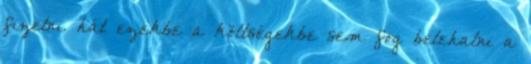
fizetni. hát ezekbe a költségekbe sem fog belehalni a